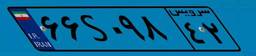
۱۷S۷۱۱۰۲